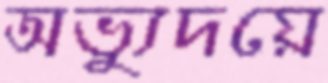
অভ্যুদয়ে